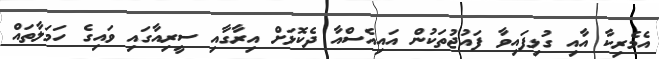
އެމެރިކާ އާއި ގުޅިފައިވާ ފައުޖުތަކުން އައިއެސްއާ ދެކޮޅަށް އިރާގާއި ސީރިއާގައި ވައިގެ ހަމަލާތައް